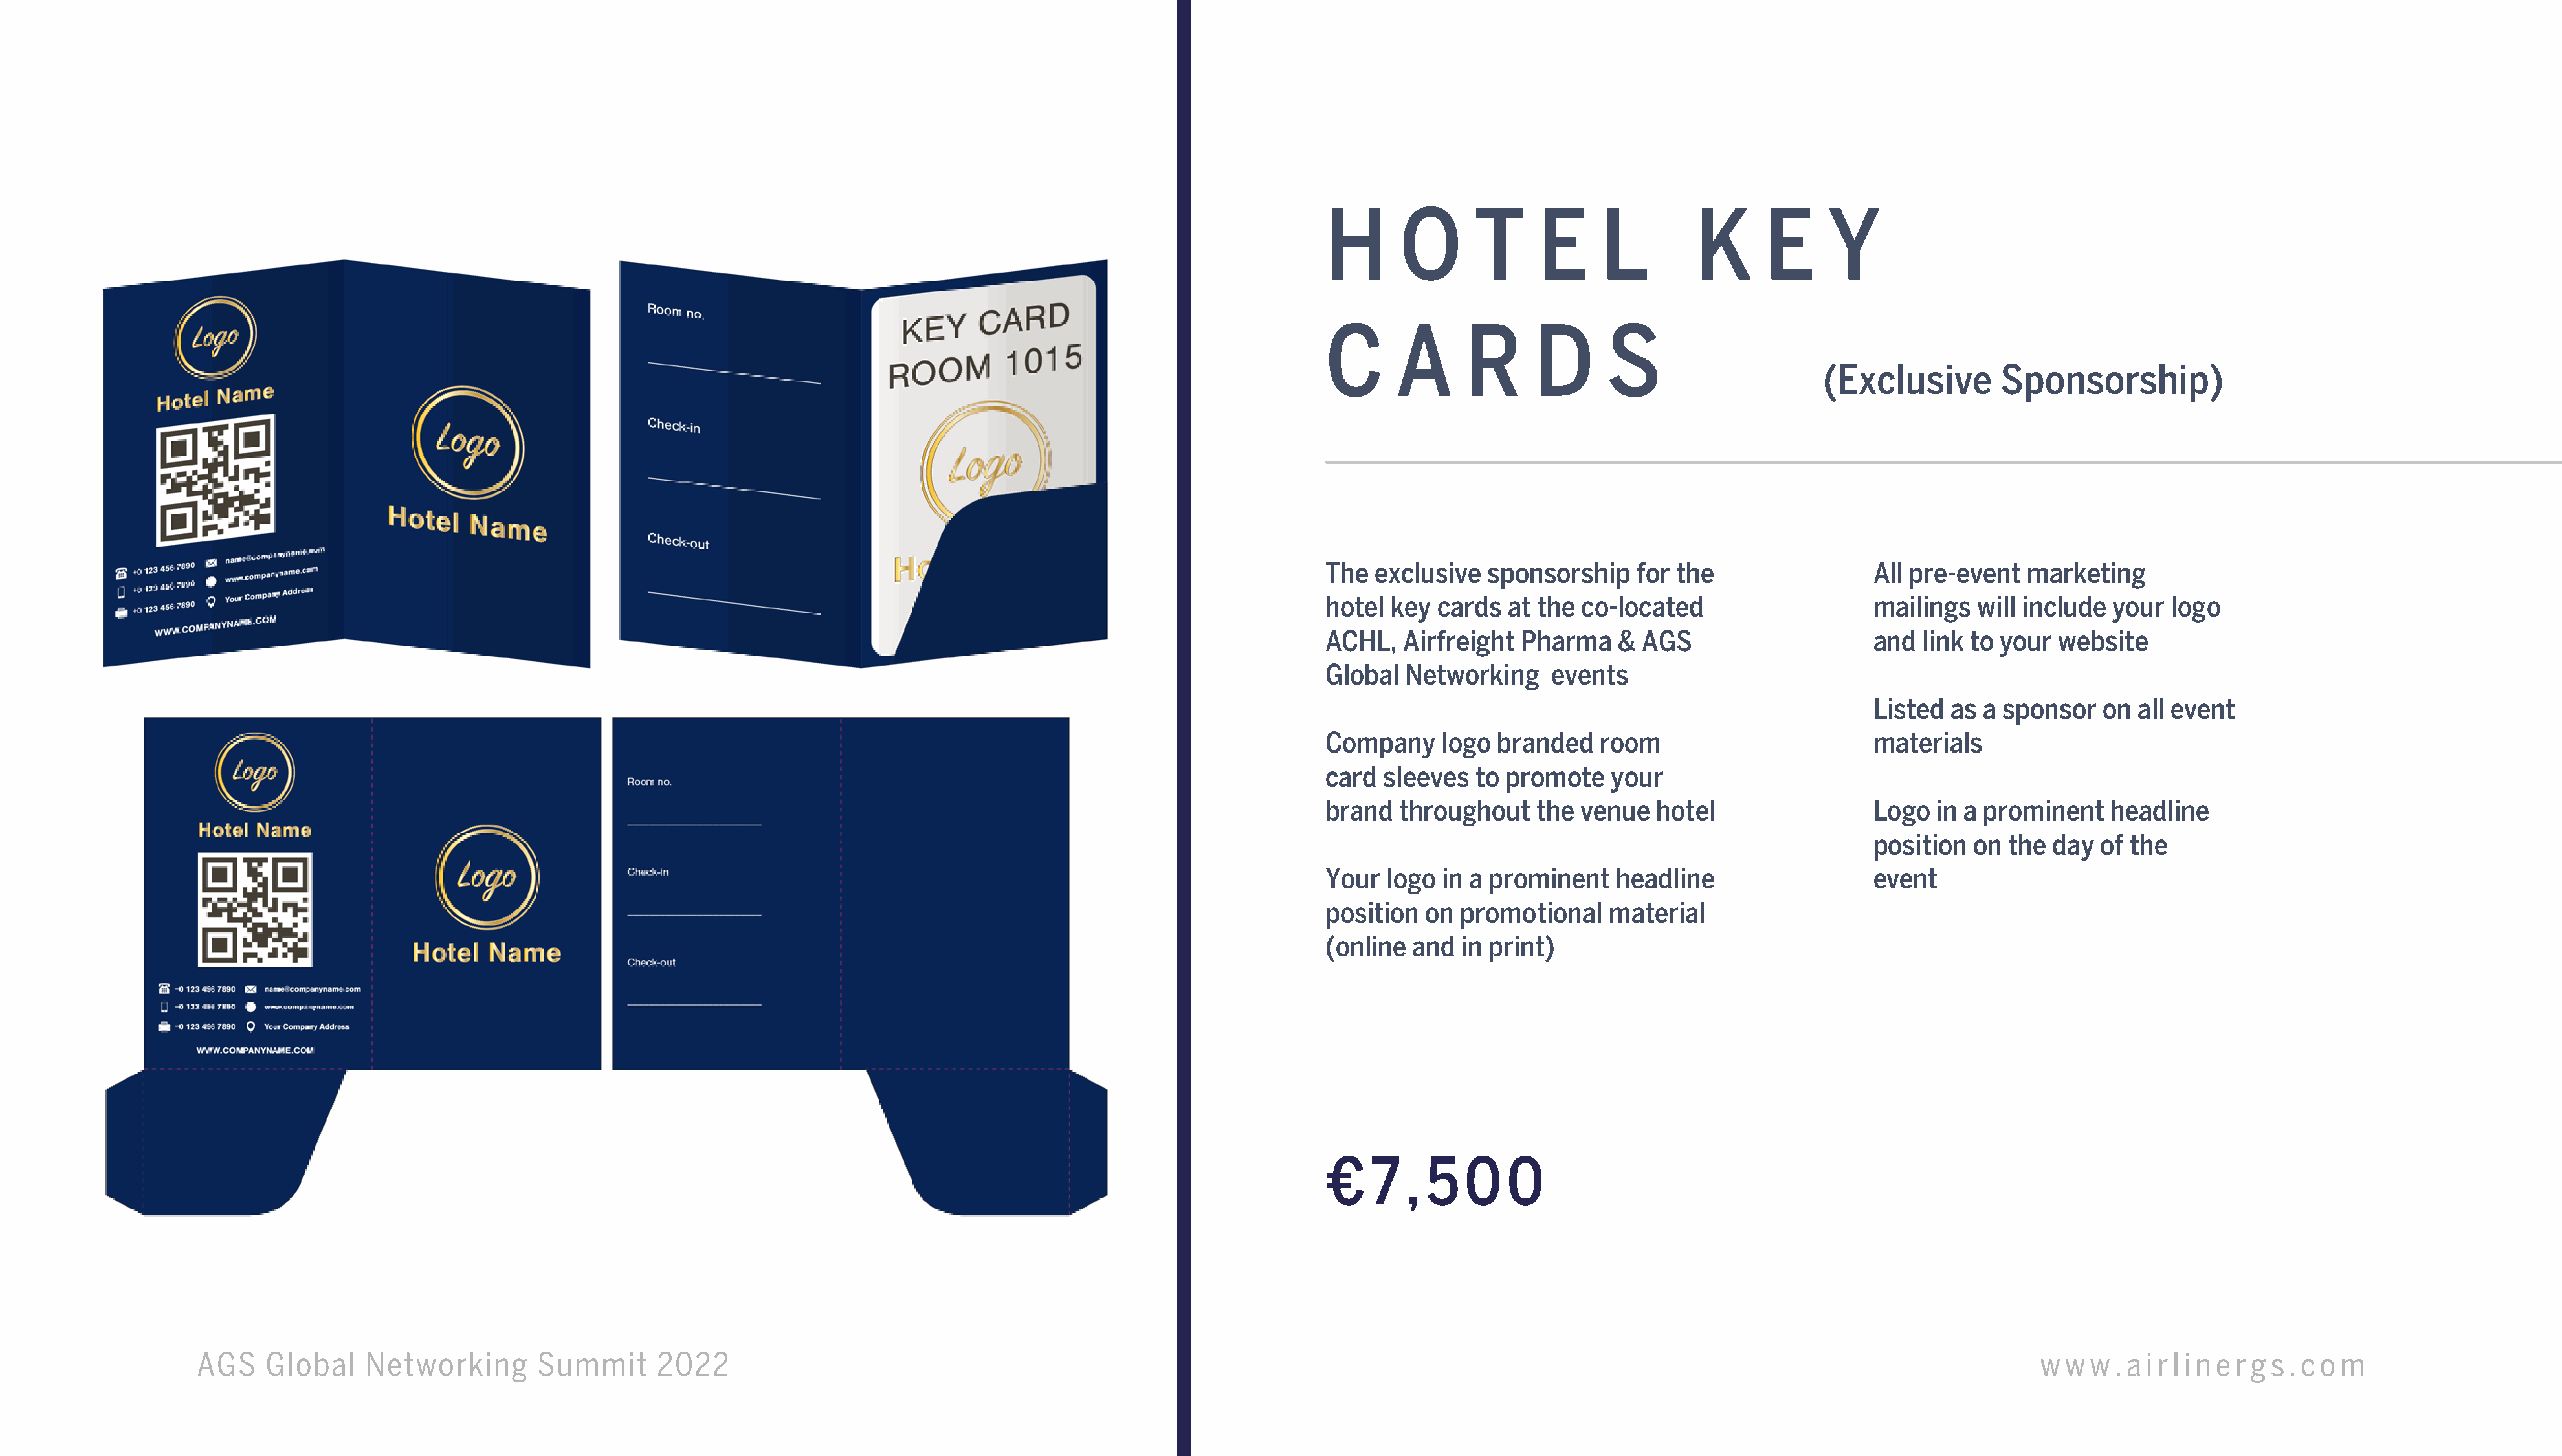
H      O       T     E      L        K       E     Y
 C      A      R      D      S
 (Exclusive         Sponsorship)
 The  exclusive  sponsorship    for the                  All pre-event  marketing
 hotel key  cards  at the  co-located                    mailings  will include  your  logo
 ACHL,   Airfreight  Pharma    & AGS                     and  link to your  website
 Global  Networking     events
 Listed  as a sponsor   on  all event
 Company    logo  branded    room                        materials
 card sleeves   to promote    your
 brand  throughout    the  venue  hotel                  Logo  in a prominent    headline
 position  on the  day  of the
 Your  logo  in a prominent   headline                   event
 position  on promotional     material
 (online and  in print)
 €   7   , 5   0   0
 AGS    Global    Networking        Summit      2022                                                                                                                                          w w  w . a i r l i n e r g s . c o m